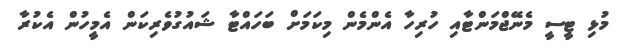
މުޅި ޓީސީ މެނޭޖްމަންޓާއި ހުރިހާ އެންމެން މިކަމަށް ބަހައްޓާ ޝައުގުވެރިކަން އެމީހުން އެކުރާ